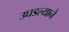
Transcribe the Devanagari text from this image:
उघडल्याने